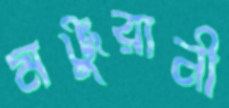
মঞ্জুরানী